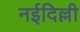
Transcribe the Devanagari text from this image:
नईदिल्ली